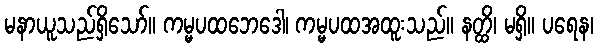
မနာယူသည်ရှိသော်။ ကမ္မပထဘေဒေါ၊ ကမ္မပထအထူးသည်။ နတ္ထိ၊ မရှိ။ ပရေန၊